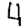
Digit: 4